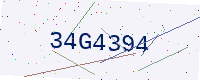
Text: 34G4394